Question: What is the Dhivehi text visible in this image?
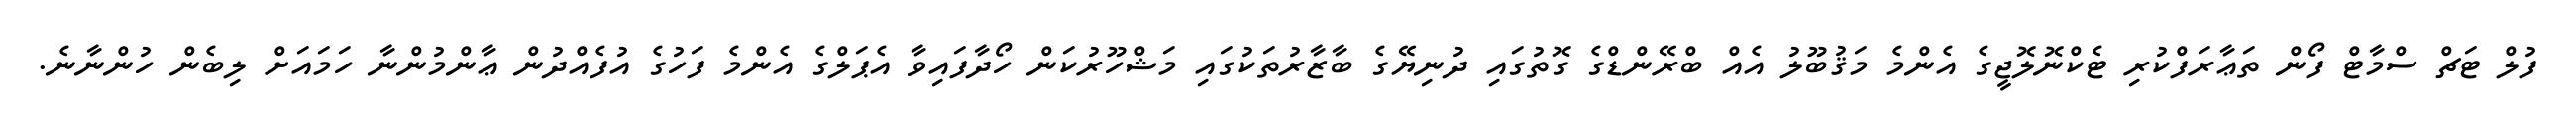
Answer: ފުލް ޓަޗް ސްމާޓް ފޯން ތަޢާރަފްކުރި ޓެކްނޮލޮޖީގެ އެންމެ މަޤުބޫލު އެއް ބްރޭންޑްގެ ގޮތުގައި ދުނިޔޭގެ ބާޒާރުތަކުގައި މަޝްހޫރުކަން ހޯދާފައިވާ އެޕަލްގެ އެންމެ ފަހުގެ އުފެއްދުން ޢާންމުންނާ ހަމައަށް ލިބެން ހުންނާނެ.